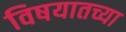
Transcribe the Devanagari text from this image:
विषयातच्या